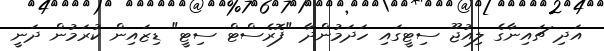
އަދި ޗައިނާގެ ލިއުޖޫ ސިޓީގައި ހަދަމުންދާ "ފޮރެސްޓް ސިޓީ" ޑިޒައިން ކުރަމުން ދަނީ